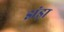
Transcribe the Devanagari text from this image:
झंड़ा